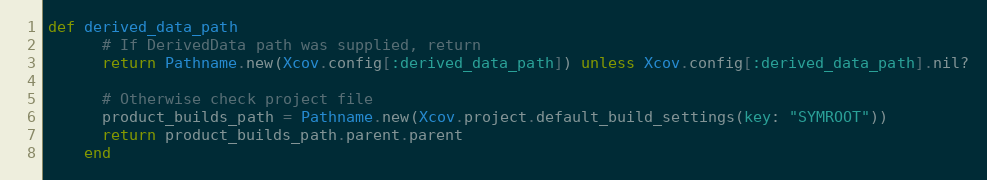
Language: Ruby
def derived_data_path
      # If DerivedData path was supplied, return
      return Pathname.new(Xcov.config[:derived_data_path]) unless Xcov.config[:derived_data_path].nil?

      # Otherwise check project file
      product_builds_path = Pathname.new(Xcov.project.default_build_settings(key: "SYMROOT"))
      return product_builds_path.parent.parent
    end